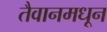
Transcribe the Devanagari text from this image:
तैवानमधून